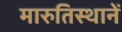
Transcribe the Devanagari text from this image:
मारुतिस्थानें